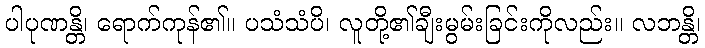
ပါပုဏန္တိ၊ ရောက်ကုန်၏။ ပသံသံပိ၊ လူတို့၏ချီးမွမ်းခြင်းကိုလည်း။ လဘန္တိ၊